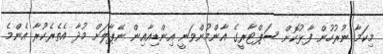
މިކަމާ ނުރުހުން ފާޅުކޮށް ސަޕްޓާރީގެ އާންމުންވަނީ އިންޑިއާއިން ނޭޕާލަށް މުދާ އެތެރެކުރާ އެންމެ